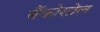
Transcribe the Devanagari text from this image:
बैंकोसोल